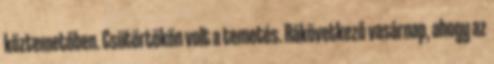
köztemetőben. Csütörtökön volt a temetés. Rákövetkező vasárnap, ahogy az